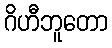
ဂိဟီဘူတော